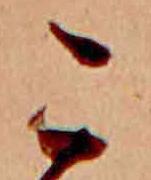
こ